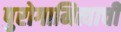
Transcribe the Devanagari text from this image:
पुरोगामित्वाची